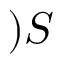
) S